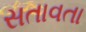
સતાવતા